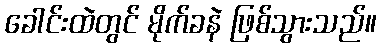
ခေါင်းထဲတွင် မိုက်ခနဲ ဖြစ်သွားသည်။